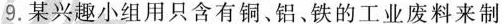
9.某兴趣小组用只含有铜、铝、铁的工业废料来制